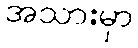
အသားမှာ